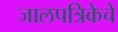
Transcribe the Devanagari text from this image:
जालपत्रिकेचे